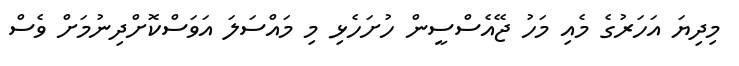
މިދިޔަ އަހަރުގެ މެއި މަހު ޖޭއެސްސީން ހުށަހެޅި މި މައްސަލަ އަވަސްކޮށްދިނުމަށް ވެސް